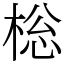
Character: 棇